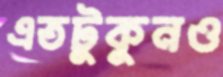
এতটুকুনও